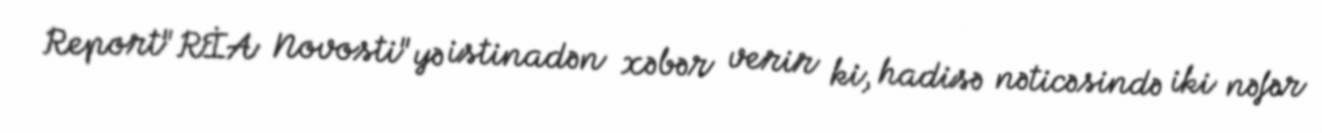
Report"RİA Novosti"yə istinadən xəbər verir ki, hadisə nəticəsində iki nəfər